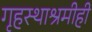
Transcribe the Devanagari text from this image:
गृहस्थाश्रमीही